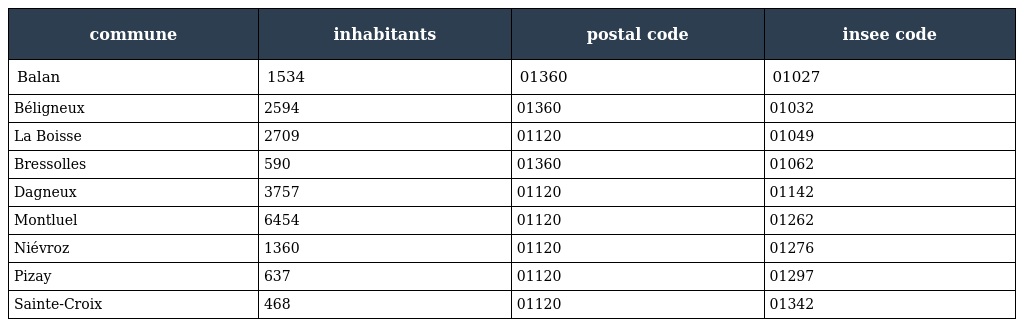
| commune | inhabitants | postal code | insee code |
 | --- | --- | --- | --- |
 | Balan | 1534 | 01360 | 01027 |
 | Béligneux | 2594 | 01360 | 01032 |
 | La Boisse | 2709 | 01120 | 01049 |
 | Bressolles | 590 | 01360 | 01062 |
 | Dagneux | 3757 | 01120 | 01142 |
 | Montluel | 6454 | 01120 | 01262 |
 | Niévroz | 1360 | 01120 | 01276 |
 | Pizay | 637 | 01120 | 01297 |
 | Sainte-Croix | 468 | 01120 | 01342 |